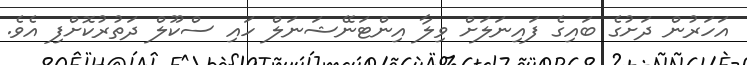
އަހަރުން ދަށުގެ ބައިގެ ފައިނަލަށް ވިލާ އިންޓަނޭޝަނަލް ހައި ސްކޫލް ދަތުރުކޮށްފި އެވެ.